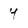
Character: y